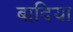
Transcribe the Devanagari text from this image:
बादिया